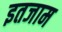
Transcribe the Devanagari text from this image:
इतजाम